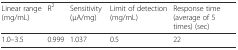
| Linear range (mg/mL) | R2 | Sensitivity (μA/mg) | Limit of detection (mg/mL) | Response time (average of 5 times) (sec) |
 | --- | --- | --- | --- | --- |
 | 1.0–3.5 | 0.999 | 1.037 | 0.5 | 22 |